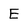
Character: E